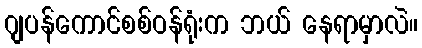
ဂျပန်ကောင်စစ်ဝန်ရုံးက ဘယ် နေရာမှာလဲ။